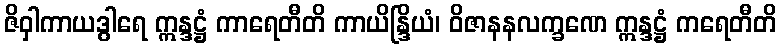
ဇိဝှါကာယဒွါရေ ဣန္ဒဋ္ဌံ ကာရေတီတိ ကာယိန္ဒြိယံ၊ ဝိဇာနနလက္ခဏေ ဣန္ဒဋ္ဌံ ကရေတီတိ